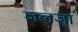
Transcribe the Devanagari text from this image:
जलजा